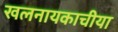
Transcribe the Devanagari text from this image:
खलनायकाचीया